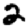
Digit: 2